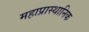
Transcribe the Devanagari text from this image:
महाप्रास्थानिक